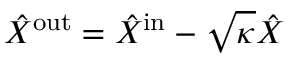
\hat { X } ^ { \mathrm { o u t } } = \hat { X } ^ { \mathrm { i n } } - \sqrt { \kappa } \hat { X }